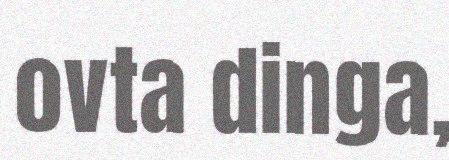
ovta dinga,